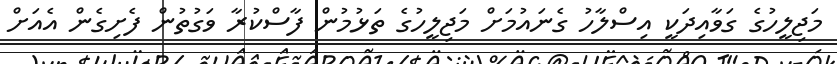
މަޖިލީހުގެ ގަވާއިދަކީ އިސްލާހު ގެނައުމަށް މަޖިލީހުގެ ތަޅުމުން ފާސްކުރާ ވަގުތުން ފެށިގެން އެއަށް